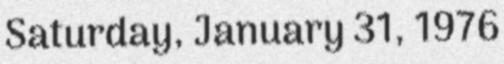
Saturday, January 31, 1976